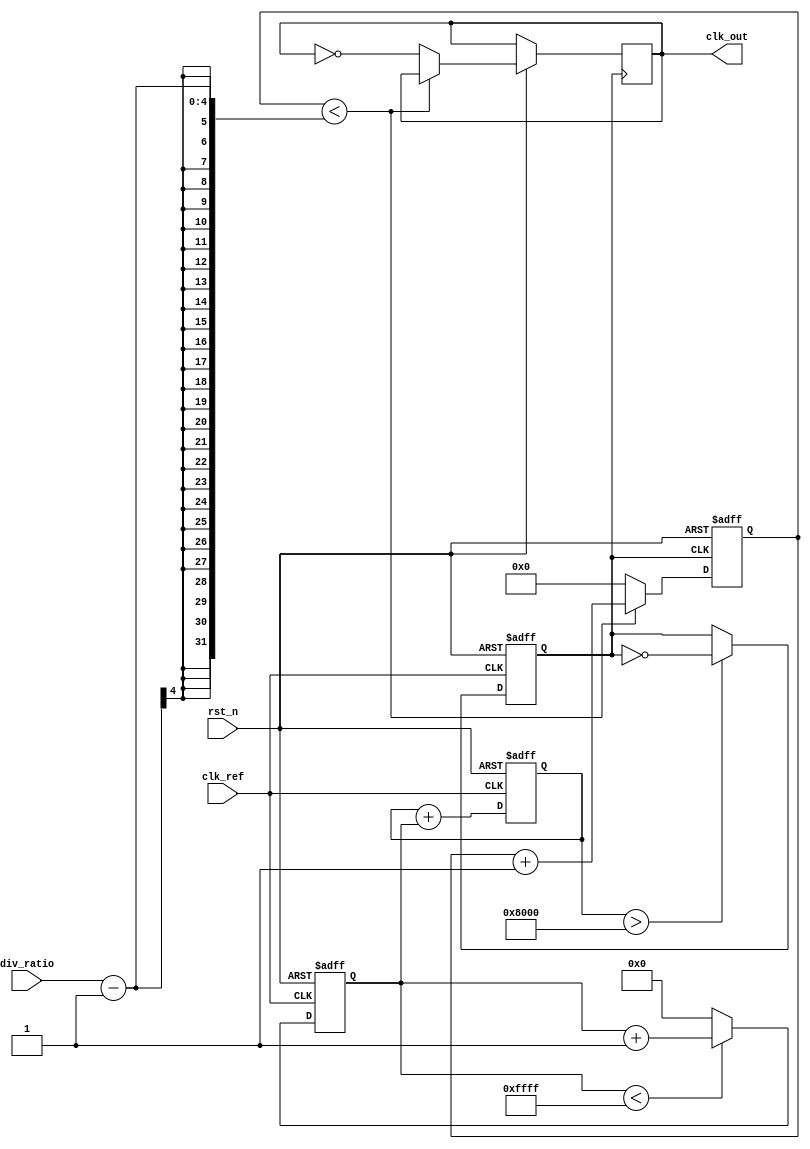
module type2_pll (
    input wire clk_ref,         // Reference clock
    input wire rst_n,          // Asynchronous active-low reset
    input wire [3:0] div_ratio, // Division ratio for feedback
    output wire clk_out         // Output clock
);
    // Internal signals
    reg [15:0] phase_error;     // Error signal from phase detector
    reg [15:0] control_voltage;  // Control voltage for VCO
    reg [3:0] divider_count;     // Divider counter for feedback
    reg vco_clk;                // Output clock from VCO

    // Phase Detector
    always @(posedge clk_ref or negedge rst_n) begin
        if (!rst_n) begin
            phase_error <= 0;
        end else begin
            // Simplified PD example: calculate phase error
            // Here we should compare the phase of clk_ref and clk_out
            phase_error <= (phase_error < 16'hFFFF) ? phase_error + 1 : 0; // Placeholder for actual phase detection logic
        end
    end

    // Loop Filter (Simple first-order for illustration)
    always @(posedge clk_ref or negedge rst_n) begin
        if (!rst_n) begin
            control_voltage <= 0;
        end else begin
            control_voltage <= control_voltage + phase_error; // Simple integration
        end
    end

    // Voltage-Controlled Oscillator (VCO)
    always @(posedge clk_ref or negedge rst_n) begin
        if (!rst_n) begin
            vco_clk <= 0;
        end else begin
            // Example VCO behavior, output frequency depends on control_voltage
            vco_clk <= (control_voltage > 16'h8000) ? ~vco_clk : vco_clk; // Toggle frequency based on voltage
        end
    end

    // Feedback Divider
    always @(posedge vco_clk or negedge rst_n) begin
        if (!rst_n) begin
            divider_count <= 0;
        end else begin
            if (divider_count < div_ratio - 1) begin
                divider_count <= divider_count + 1;
            end else begin
                divider_count <= 0;
                clk_out <= ~clk_out;  // Generate output clock
            end
        end
    end
    
endmodule